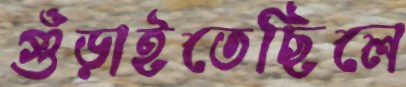
গুঁড়াইতেছিলে